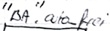
Text: "BA".autofrei